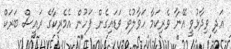
އަދި ވިދާޅުވީ އޭނާ ވެރިކަމާ ހަވާލުވެ ވަޑައިގެން ފަހުން އެމެރިކާގެ ރައީސް ބަރަކް